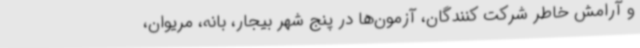
و آرامش خاطر شرکت کنندگان، آزمون‌ها در پنج شهر بیجار، بانه، مریوان،